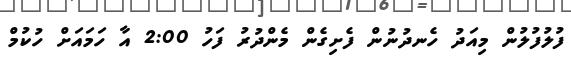
ފުލުފުލުން މިއަދު ހެނދުނުން ފެށިގެން މެންދުރު ފަހު 2:00 އާ ހަމައަށް ހުކުމް